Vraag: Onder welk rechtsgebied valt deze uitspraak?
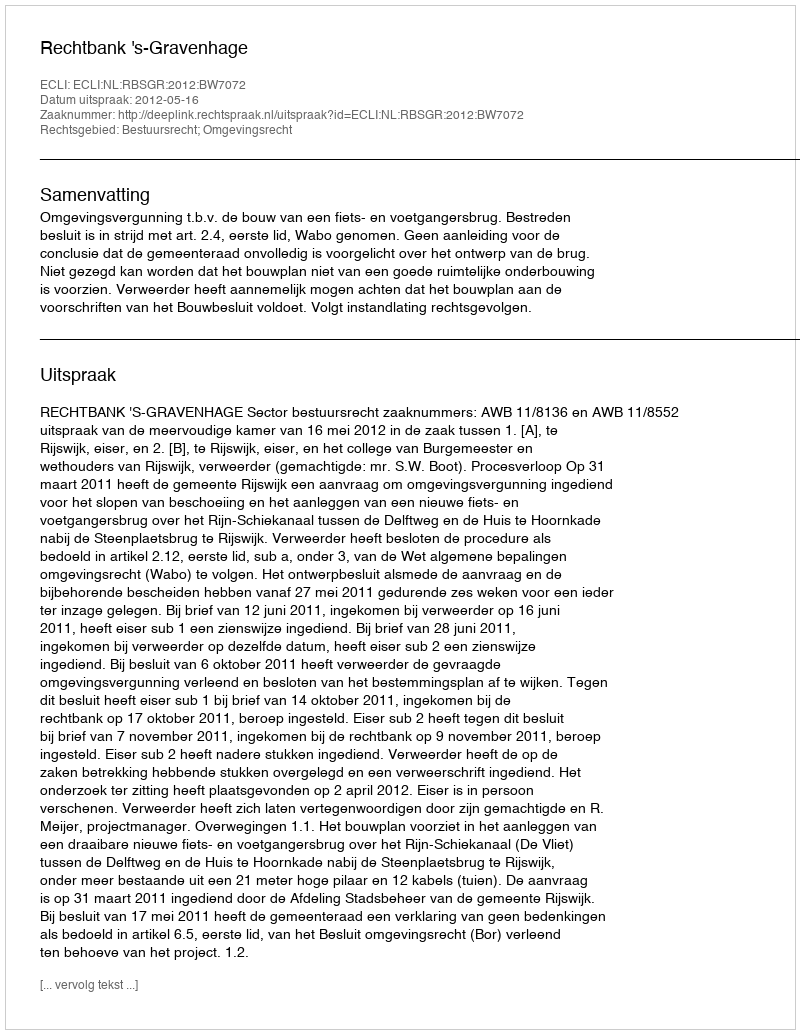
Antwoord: Bestuursrecht; Omgevingsrecht